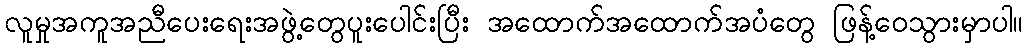
လူမှုအကူအညီပေးရေးအဖွဲ့တွေပူးပေါင်းပြီး အထောက်အထောက်အပံတွေ ဖြန့်ဝေသွားမှာပါ။